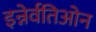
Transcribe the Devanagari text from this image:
इन्नेर्वतिओन